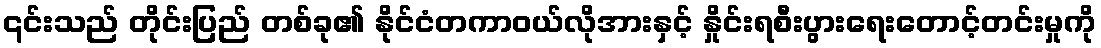
၎င်းသည် တိုင်းပြည် တစ်ခု၏ နိုင်ငံတကာဝယ်လိုအားနှင့် နှိုင်းရစီးပွားရေးတောင့်တင်းမှုကို